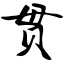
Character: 贯